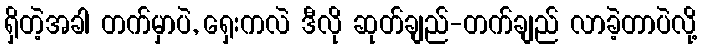
ရှိတဲ့အခါ တက်မှာပဲ, ရှေးကလဲ ဒီလို ဆုတ်ချည်-တက်ချည် လာခဲ့တာပဲလို့